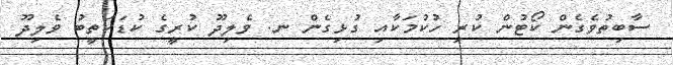
ސާބިތުވެގެން ކޯޓުން ކުރި ހުކުމަކާއި ގުޅިގެން ނ. ވެލިދޫ ކުރީގެ ކުޑަކަތީބު ވެލިދޫ